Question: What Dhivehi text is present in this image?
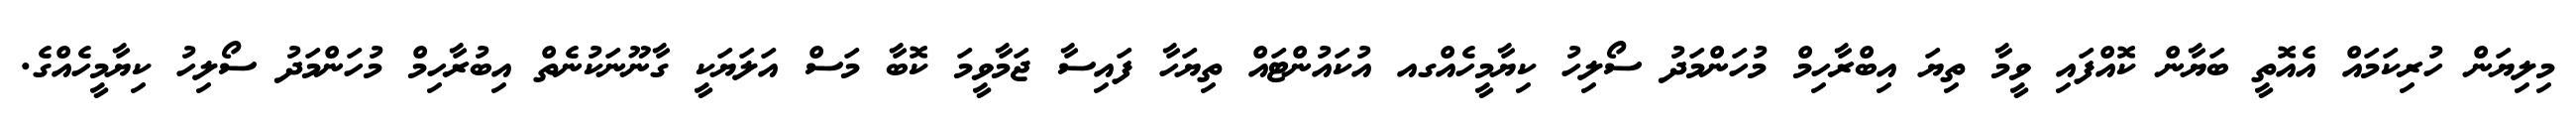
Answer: މިލިޔަން ހުރިކަމައް އެއޮތީ ބަޔާން ކޮއްފައި ވީމާ ތިޔަ އިބްރާހިމް މުހަންމަދު ސޯލިހު ކިޔާމީހެއްގއ އުކައުންޓައް ތިޔަހާ ފައިސާ ޖަމާވީމަ ކޮބާ މަސް އަލަޔަކީ ގާނޫނަކުނެތް އިބުރާހިމް މުހަންމަދު ސޯލިހު ކިޔާމީހެއްގެ.